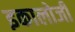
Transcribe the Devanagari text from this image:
इकालोजी